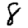
Digit: 8